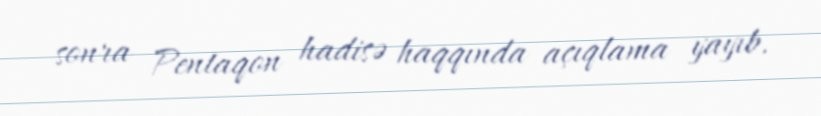
sonra Pentaqon hadisə haqqında açıqlama yayıb.